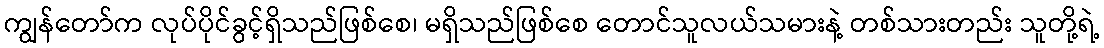
ကျွန်တော်က လုပ်ပိုင်ခွင့်ရှိသည်ဖြစ်စေ၊ မရှိသည်ဖြစ်စေ တောင်သူလယ်သမားနဲ့ တစ်သားတည်း သူတို့ရဲ့